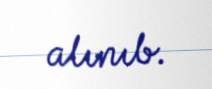
alınıb.